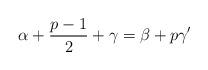
LaTeX: \begin{align*}{\alpha}+\frac{p-1}{2}+{\gamma}={\beta}+p{\gamma}'\end{align*}